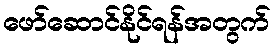
ဖော်ဆောင်နိုင်ရန်အတွက်